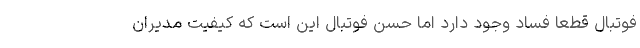
فوتبال قطعاً فساد وجود دارد اما حُسن فوتبال این است که کیفیت مدیران